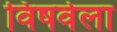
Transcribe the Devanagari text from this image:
विषवेला